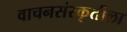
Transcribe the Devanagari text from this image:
वाचनसंस्कृतीला